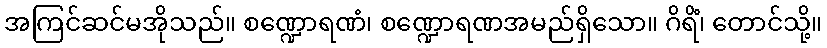
အကြင်ဆင်မအိုသည်။ စဏ္ဍောရဏံ၊ စဏ္ဍောရဏအမည်ရှိသော။ ဂိရိံ၊ တောင်သို့။